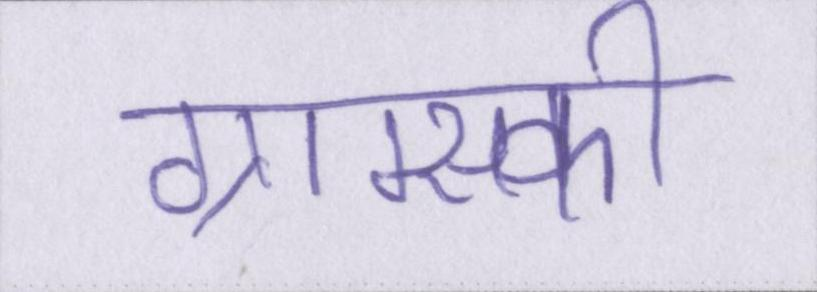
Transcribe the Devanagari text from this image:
ग्राम्स्की